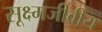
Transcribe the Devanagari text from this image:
सूक्ष्मजीवीय